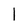
Character: l